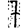
Digit: 7